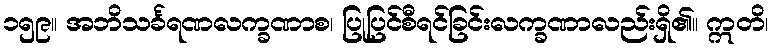
၁၅၉။ အဘိသင်္ခရဏလက္ခဏာစ၊ ပြုပြင်စီရင်ခြင်းလက္ခဏာလည်းရှိ၏။ ဣတိ၊